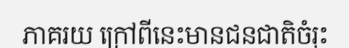
ភាគរយ ក្រៅពីនេះមានជនជាតិចំរុះ